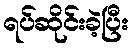
ရပ်ဆိုင်းခဲ့ပြီး